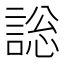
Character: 𧩟